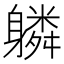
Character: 𨊌